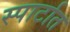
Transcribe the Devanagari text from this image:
स्पार्टात